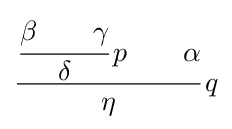
{\cfrac {{\cfrac {\beta \qquad \gamma }{\delta }}\,p\qquad \alpha }{\eta }}\,q